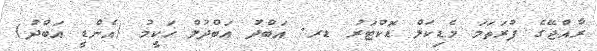
ރާއްޖޭގެ ފުރަތަމަ މެޑިކަލް ޑޮކްޓަރު ޑރ. އަބްދު އަބްދުލް ހަކީމު (އެންޑީ އަބްދު)